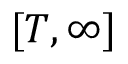
[ T , \infty ]